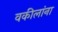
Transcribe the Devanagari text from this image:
वकीलांना